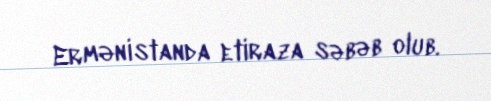
Ermənistanda etiraza səbəb olub.